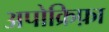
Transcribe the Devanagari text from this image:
अपोक्रिफ़ा